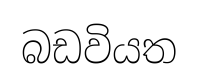
බඩවියත